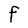
Character: f